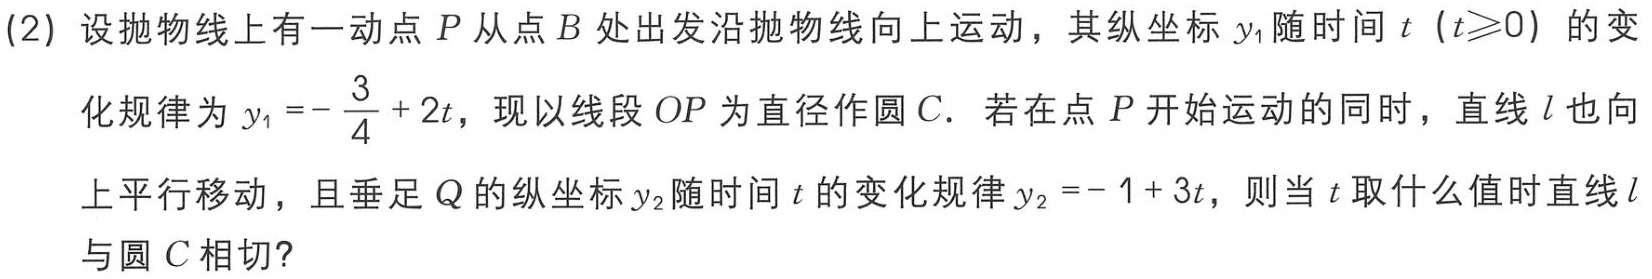
(2) 设抛物线上有一动点 \(P\) 从点 \(B\) 处出发沿抛物线向上运动，其纵坐标 \(y_{1}\) 随时间 \(t\)（\(t\geqslant0\)）的变

化规律为 \(y_{1}=-\frac{3}{4}+2t\)，现以线段 \(OP\) 为直径作圆 \(C\). 若在点 \(P\) 开始运动的同时，直线 \(l\) 也向

上平行移动，且垂足 \(Q\) 的纵坐标 \(y_{2}\) 随时间 \(t\) 的变化规律 \(y_{2}=-1 + 3t\)，则当 \(t\) 取什么值时直线 \(l\)

与圆 \(C\) 相切?